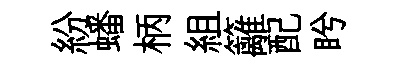
紛蟠柄組籬配盻